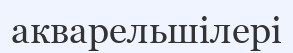
акварельшілері